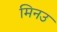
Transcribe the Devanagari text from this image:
मिनउ